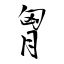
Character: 胷